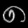
Digit: ၈